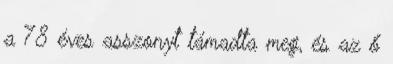
a 78 éves asszonyt támadta meg, és az ő